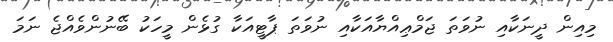
މިއިން ދީނަކާއި ނުވަތަ ޖަމްޢިއްޔާއަކާއި ނުވަތަ ޕާޓީއަކާ ގުޅެން މީހަކު ބޭނުންވެއްޖެ ނަމަ